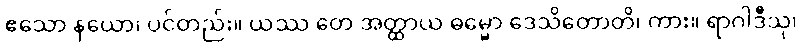
ဧသော နယော၊ ပင်တည်း။ ယဿ တေ အတ္ထာယ ဓမ္မော ဒေသိတောတိ၊ ကား။ ရာဂါဒီသု၊